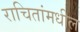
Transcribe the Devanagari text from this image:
राचितांमधील